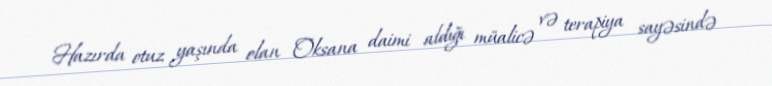
Hazırda otuz yaşında olan Oksana daimi aldığı müalicə və terapiya sayəsində